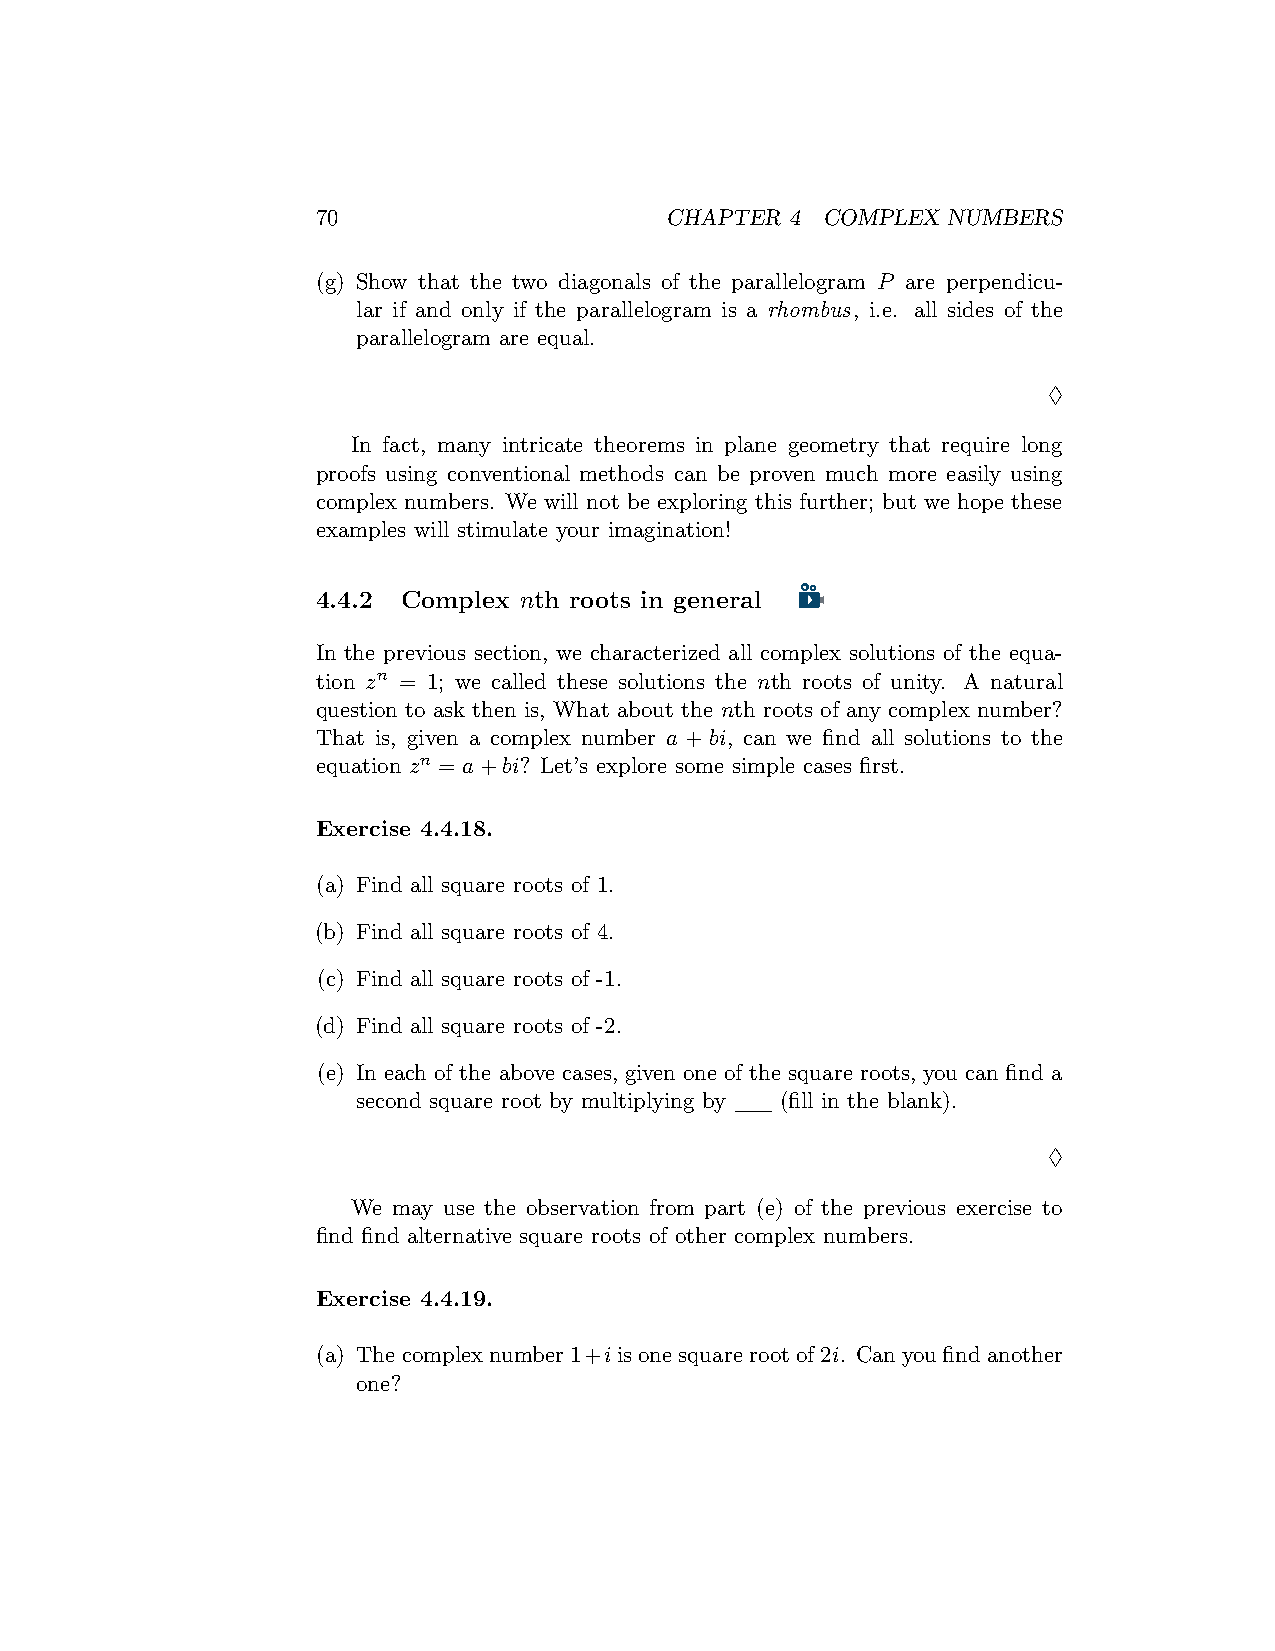
70                     CHAPTER 4 COMPLEX  NUMBERS
 (g) Show that the two diagonals of the parallelogram P are perpendicu-
 lar if and only if the parallelogram is a rhombus, i.e. all sides of the
 parallelogram are equal.
 ♢
 In fact, many intricate theorems in plane geometry that require long
 proofs using conventional methods can be proven much more easily using
 complex numbers. We will not be exploring this further; but we hope these
 examples will stimulate your imagination!
 4.4.2 Complex nth roots in general
 In the previous section, we characterized all complex solutions of the equa-
 tion zn = 1; we called these solutions the nth roots of unity. A natural
 question to ask then is, What about the nth roots of any complex number?
 That is, given a complex number a + bi, can we find all solutions to the
 equation zn = a+bi? Let’s explore some simple cases first.
 Exercise 4.4.18.
 (a) Find all square roots of 1.
 (b) Find all square roots of 4.
 (c) Find all square roots of -1.
 (d) Find all square roots of -2.
 (e) In each of the above cases, given one of the square roots, you can find a
 second square root by multiplying by (fill in the blank).
 ♢
 We may use the observation from part (e) of the previous exercise to
 find find alternative square roots of other complex numbers.
 Exercise 4.4.19.
 (a) Thecomplexnumber1+iisonesquarerootof2i. Canyoufindanother
 one?